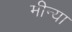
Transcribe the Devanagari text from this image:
मीन्या